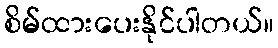
စိမ်ထားပေးနိုင်ပါတယ်။